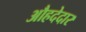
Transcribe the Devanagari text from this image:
औहदेदार